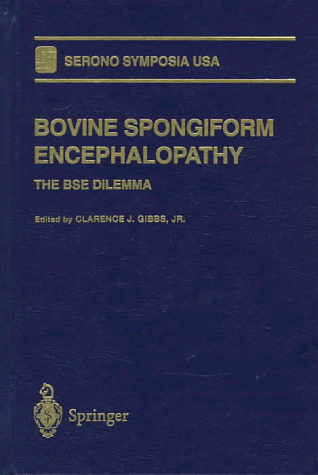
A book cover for Bovine Spongiform Encephalopathy: The BSE Dilemma (Serono Symposia USA); Medical Books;